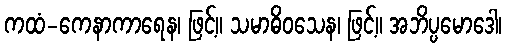
ကထံ-ကေနာကာရေန၊ ဖြင့်။ သမာဓိဝသေန၊ ဖြင့်။ အဘိပ္ပမောဒေါ၊